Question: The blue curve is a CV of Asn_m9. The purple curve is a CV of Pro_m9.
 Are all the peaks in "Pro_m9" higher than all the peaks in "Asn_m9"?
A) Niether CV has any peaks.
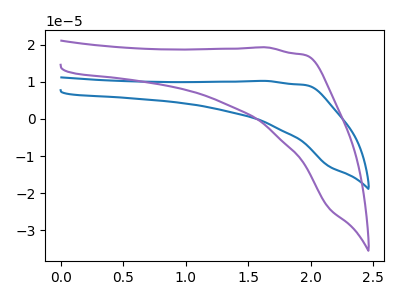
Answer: <think>The blue curve "Asn_m9" has no peaks. The purple curve "Pro_m9" has no peaks.</think>
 <answer>A) Niether CV has any peaks.</answer>
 <eval>A</eval>